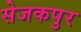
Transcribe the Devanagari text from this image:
सेजकपुर